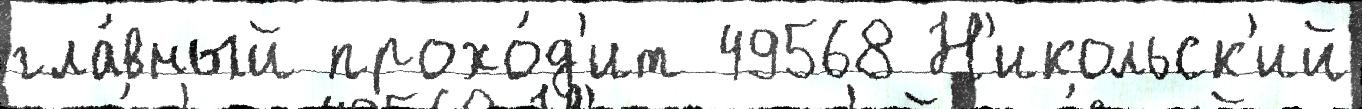
гла́вный прохо́д'ит 49568 Н'икольск'ий